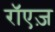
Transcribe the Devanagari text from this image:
रॉएज़